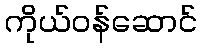
ကိုယ်ဝန်ဆောင်